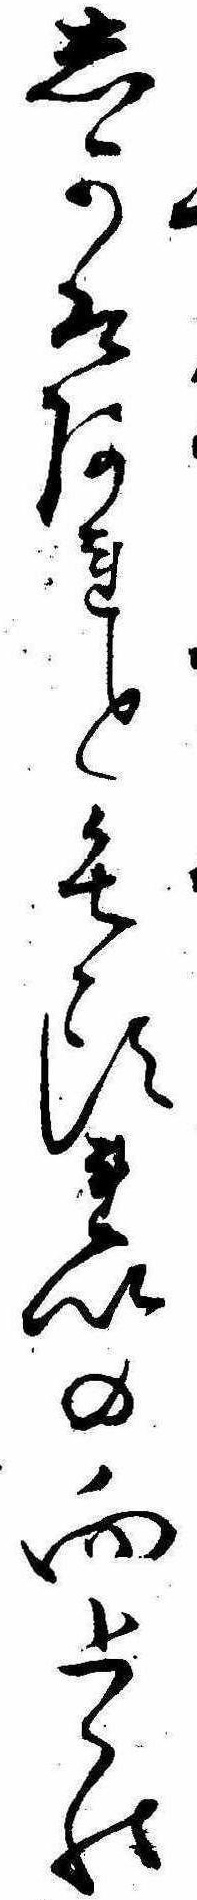
しかはあれと毛頭れいの向上の